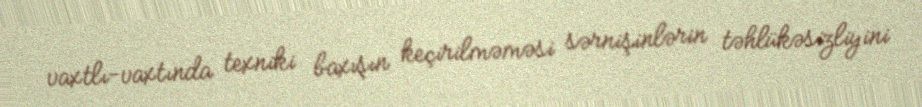
vaxtlı-vaxtında texniki baxışın keçirilməməsi sərnişinlərin təhlükəsizliyini